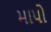
માપો